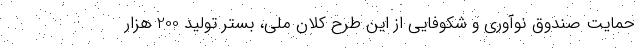
حمایت صندوق نوآوری و شکوفایی از این طرح کلان ملی، بستر تولید 200 هزار